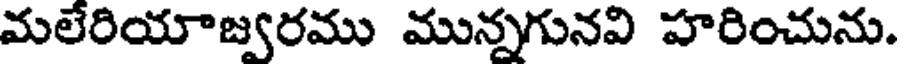
మలేరియాజ్వరము మున్నగునవి హరించును.